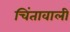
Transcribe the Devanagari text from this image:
चिंतावाली